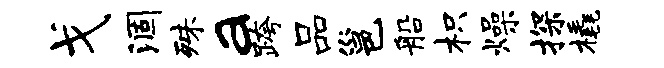
戈涸殊a跨品邕船枳燥探橇